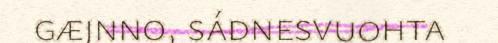
gæjnno, sádnesvuohta